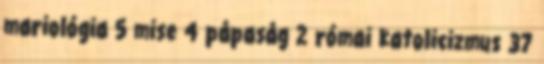
mariológia 5 mise 4 pápaság 2 római katolicizmus 37